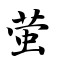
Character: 萤